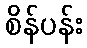
စိန်ပန်း